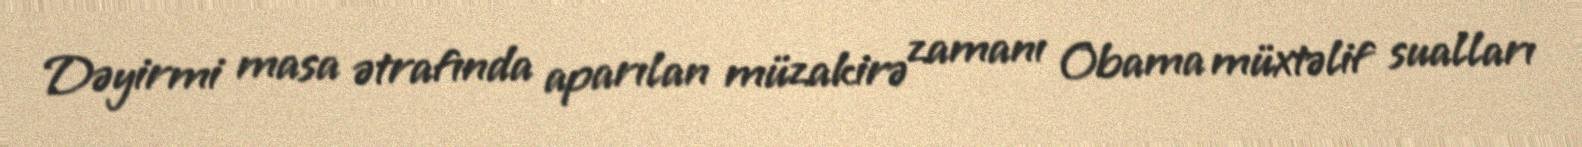
Dəyirmi masa ətrafında aparılan müzakirə zamanı Obama müxtəlif sualları